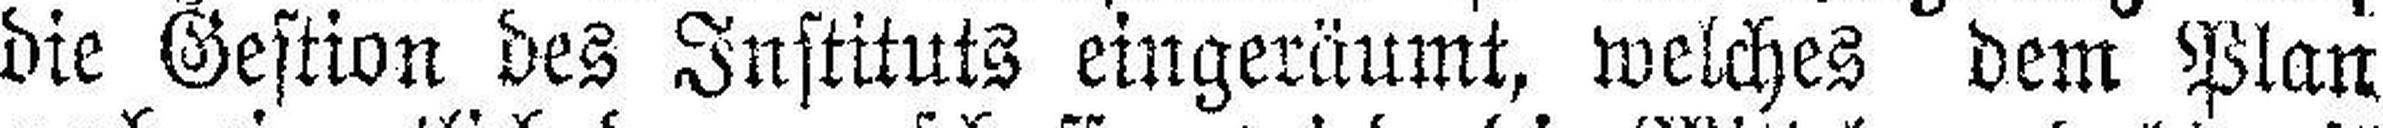
die Gestion des Instituts eingeräumt, welches dem Plan